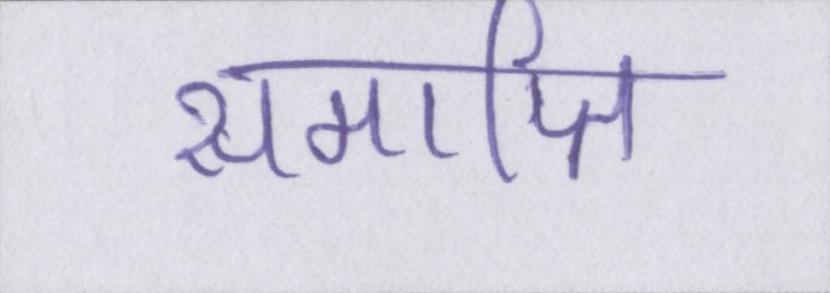
समाप्ति